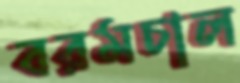
বরমচাল